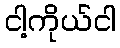
ငါ့ကိုယ်ငါ